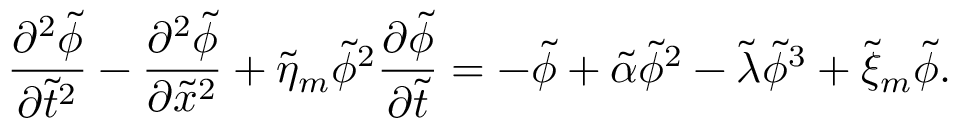
\frac { \partial ^ { 2 } \tilde { \phi } } { \partial \tilde { t } ^ { 2 } } - \frac { \partial ^ { 2 } \tilde { \phi } } { \partial \tilde { x } ^ { 2 } } + \tilde { \eta } _ { m } \tilde { \phi } ^ { 2 } \frac { \partial \tilde { \phi } } { \partial \tilde { t } } = - \tilde { \phi } + \tilde { \alpha } \tilde { \phi } ^ { 2 } - \tilde { \lambda } \tilde { \phi } ^ { 3 } + \tilde { \xi } _ { m } \tilde { \phi } .